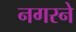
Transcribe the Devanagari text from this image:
नगरने